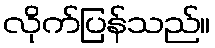
လိုက်ပြန်သည်။